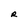
Character: R